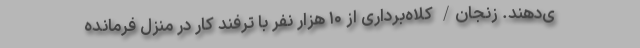
ی‌دهند. زنجان/ کلاه‌برداری از ۱۰ هزار نفر با ترفند کار در منزل فرمانده